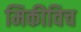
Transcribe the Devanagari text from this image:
मिकीविच